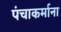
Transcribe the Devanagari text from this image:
पंचाकर्माना